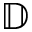
\mathbb { D }